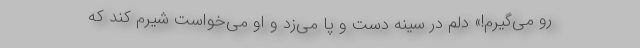
رو می‌گیرم!» دلم در سینه دست و پا می‌زد و او می‌خواست شیرم کند که